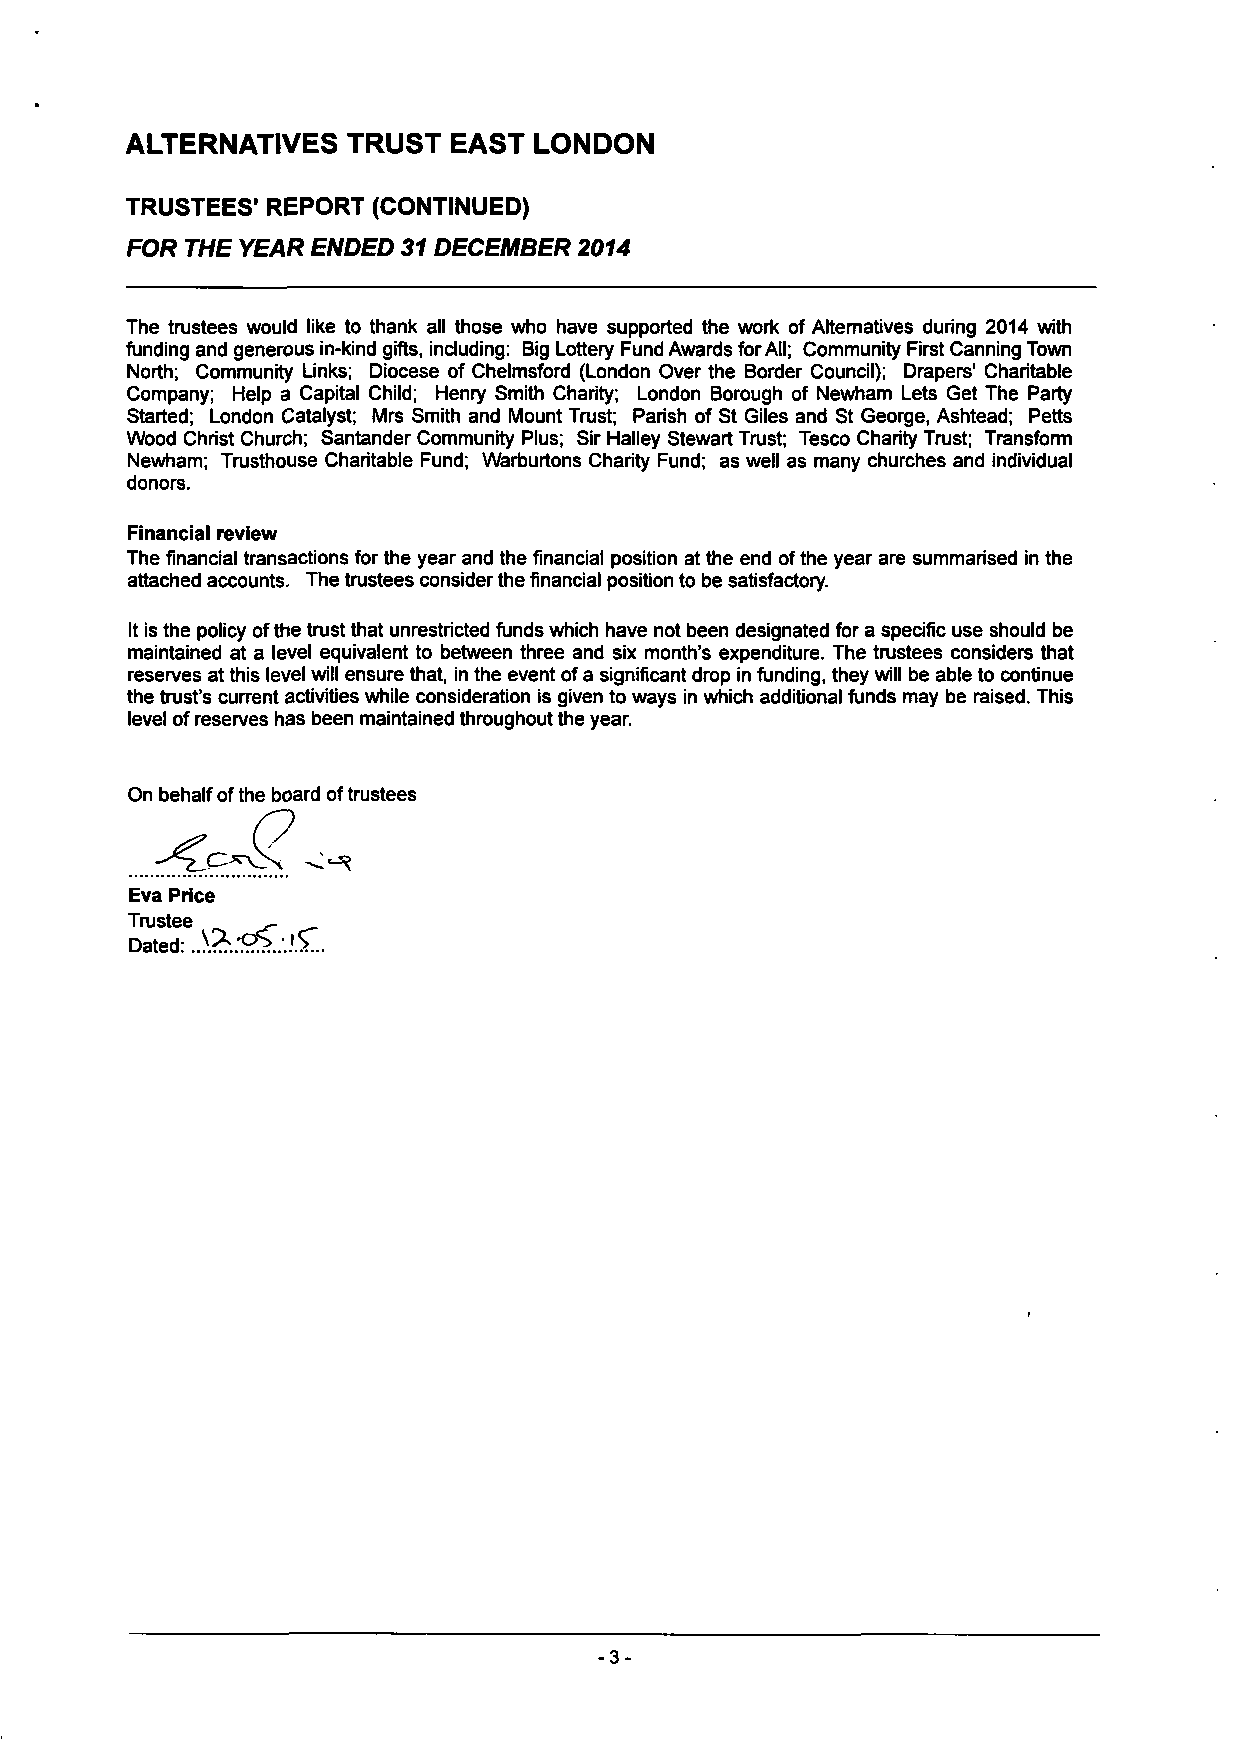
ALTERNATIVES   TRUST  EAST LONDON
 TRUSTEES' REPORT (CONTINUED)
 FOR THE YEAR ENDED 31 DECEMBER 2014
 The trustees would like to thank all those who have supported the work of Alternatives during 2014 with
 funding and generous in-kind gifts, including: Big Lottery Fund Awards for All; Community First Canning Town
 North; Community Links; Diocese of Chelmsford (London Over the Border Council); Drapers' Charitable
 Company; Help a Capital Child; Henry Smith Charity; London Borough of Newham Lets Get The Party
 Started; London Catalyst; Mrs Smith and Mount Trust; Parish of St Giles and St George, Ashtead; Petts
 Wood Christ Church; Santander Community Plus; Sir Hailey Stewart Trust; Tesco Charity Trust; Transform
 Newham; Trusthouse Charitable Fund; Warburtons Charity Fund; as well as many churches and individual
 donors.
 Financial review
 The financial transactions for the year and the financial position at the end of the year are summarised in the
 attached accounts. The trustees consider the financial position to be satisfactory.
 It is the policy of the trust that unrestricted funds which have not been designated for a specific use should be
 maintained at a level equivalent to between three and six month's expenditure. The trustees considers that
 reserves at this level will ensure that, in the event of a significant drop in funding, they will be able to continue
 the trust's current activities while consideration is given to ways in which additional funds may be raised. This
 level of reserves has been maintained throughout the year.
 On behalf of the board of trustees
 Dated: